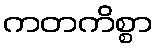
ကတကိစ္စာ